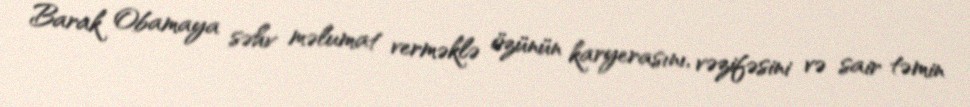
Barak Obamaya səhv məlumat verməklə özünün karyerasını, vəzifəsini və sair təmin